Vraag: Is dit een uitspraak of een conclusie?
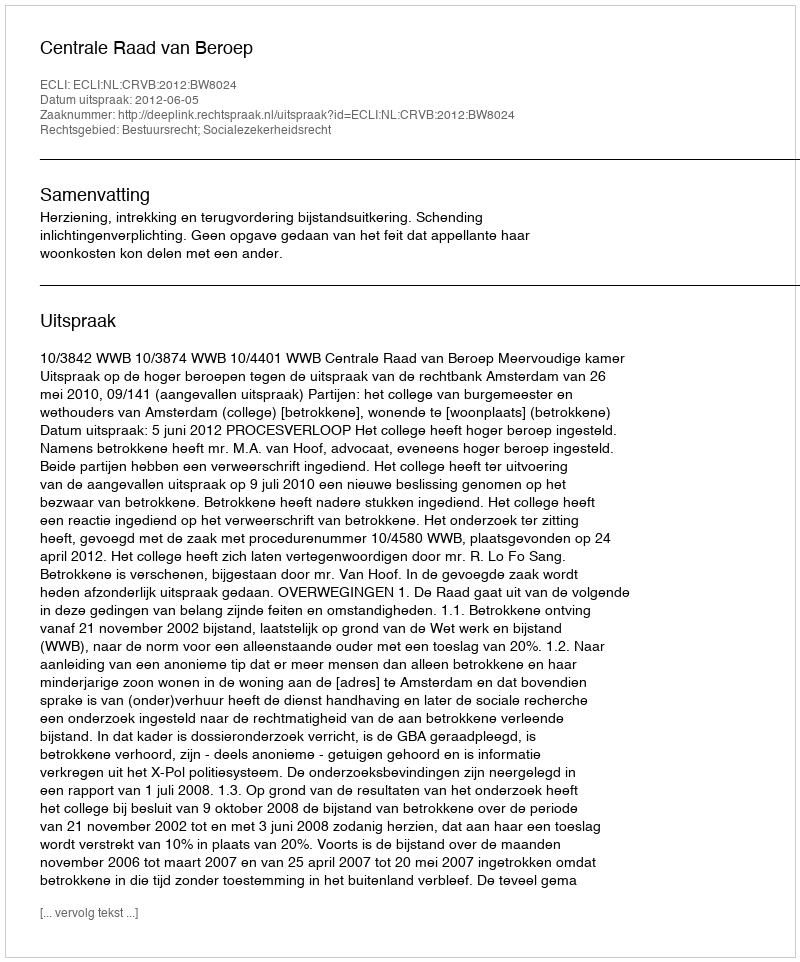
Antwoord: Uitspraak